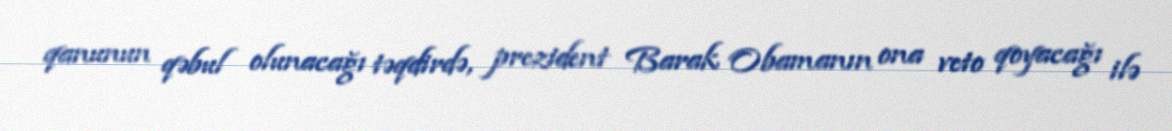
qanunun qəbul olunacağı təqdirdə, prezident Barak Obamanın ona veto qoyacağı ilə